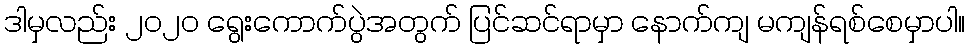
ဒါမှလည်း ၂၀၂၀ ရွေးကောက်ပွဲအတွက် ပြင်ဆင်ရာမှာ နောက်ကျ မကျန်ရစ်စေမှာပါ။